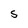
Character: S